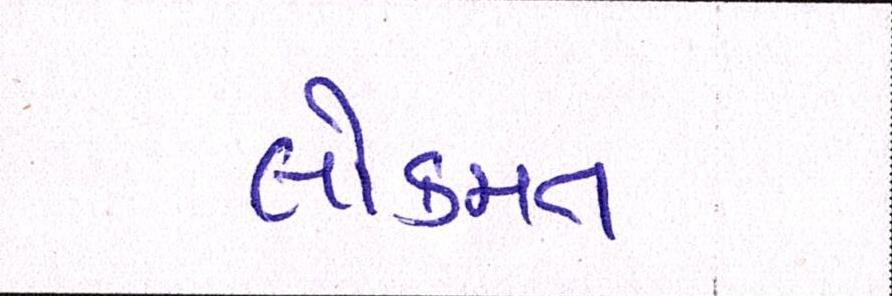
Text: લોકમત